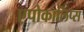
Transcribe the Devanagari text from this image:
एपोकालिप्स